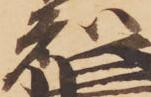
知